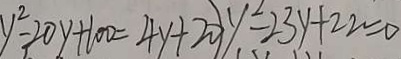
y ^ { 2 } - 2 0 y + 1 0 0 = 4 y + 2 0 y ^ { 2 } - 2 3 y + 2 2 = 0